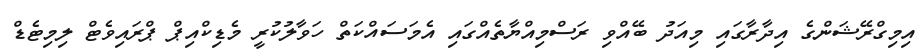
އިމިގްރޭޝަންގެ އިދާރާގައި މިއަދު ބޭއްވި ރަސްމިއްޔާތެއްގައި އެމަސައްކަތް ހަވާލުކުރީ މެޑިކްއިޕް ޕްރައިވެޓް ލިމިޓެޑް